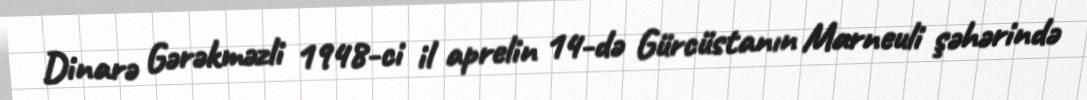
Dinarə Gərəkməzli 1948-ci il aprelin 14-də Gürcüstanın Marneuli şəhərində